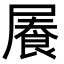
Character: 𡳋